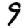
Digit: 9